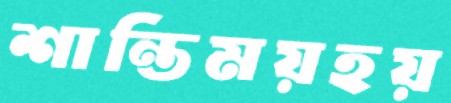
শান্তিময়হয়